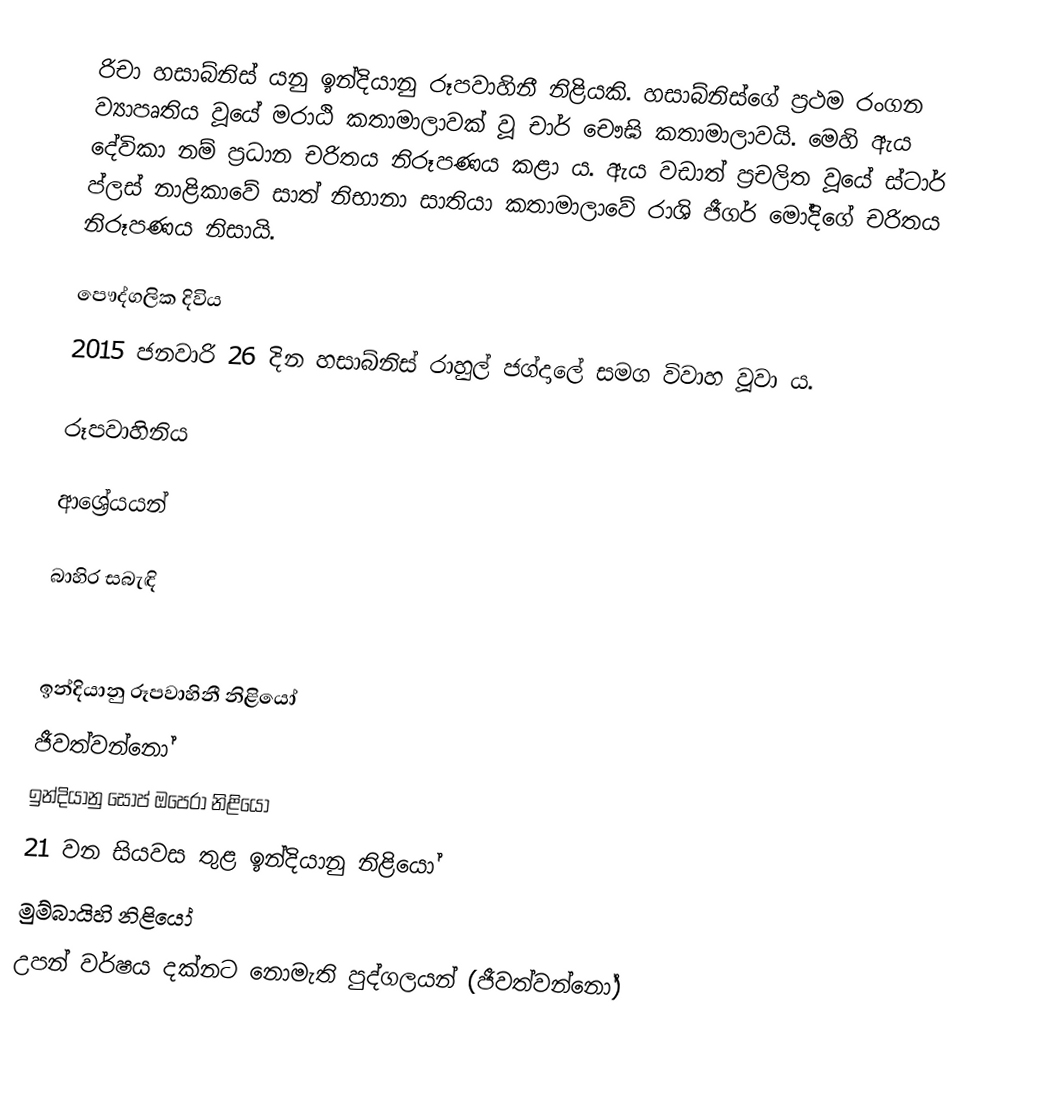
රිචා හසාබ්නිස් යනු ඉන්දියානු රූපවාහිනී නිළියකි. හසාබ්නිස්ගේ ප්‍රථම රංගන ව්‍යාපෘතිය වූයේ මරාඨි කතාමාලාවක් වූ චාර් චෞඝි කතාමාලාවයි. මෙහි ඇය දේවිකා නම් ප්‍රධාන චරිතය නිරූපණය කළා ය. ඇය වඩාත් ප්‍රචලිත වූයේ ස්ටාර් ප්ලස් නාළිකාවේ සාත් නිභානා සාතියා කතාමාලාවේ රාශි ජීගර් මෝදිගේ චරිතය නිරූපණය නිසායි.

පෞද්ගලික දිවිය
2015 ජනවාරි 26 දින හසාබ්නිස් රාහුල් ජග්දාලේ සමග විවාහ වූවා ය.

රූපවාහිනිය

ආශ්‍රේයයන්

බාහිර සබැඳි

ඉන්දියානු රූපවාහිනී නිළියෝ
ජීවත්වන්නෝ
ඉන්දියානු සෝප් ඔපෙරා නිළියෝ
21 වන සියවස තුළ ඉන්දියානු නිළියෝ
මුම්බායිහි නිළියෝ
උපන් වර්ෂය දක්නට නොමැති පුද්ගලයන් (ජීවත්වන්නෝ)